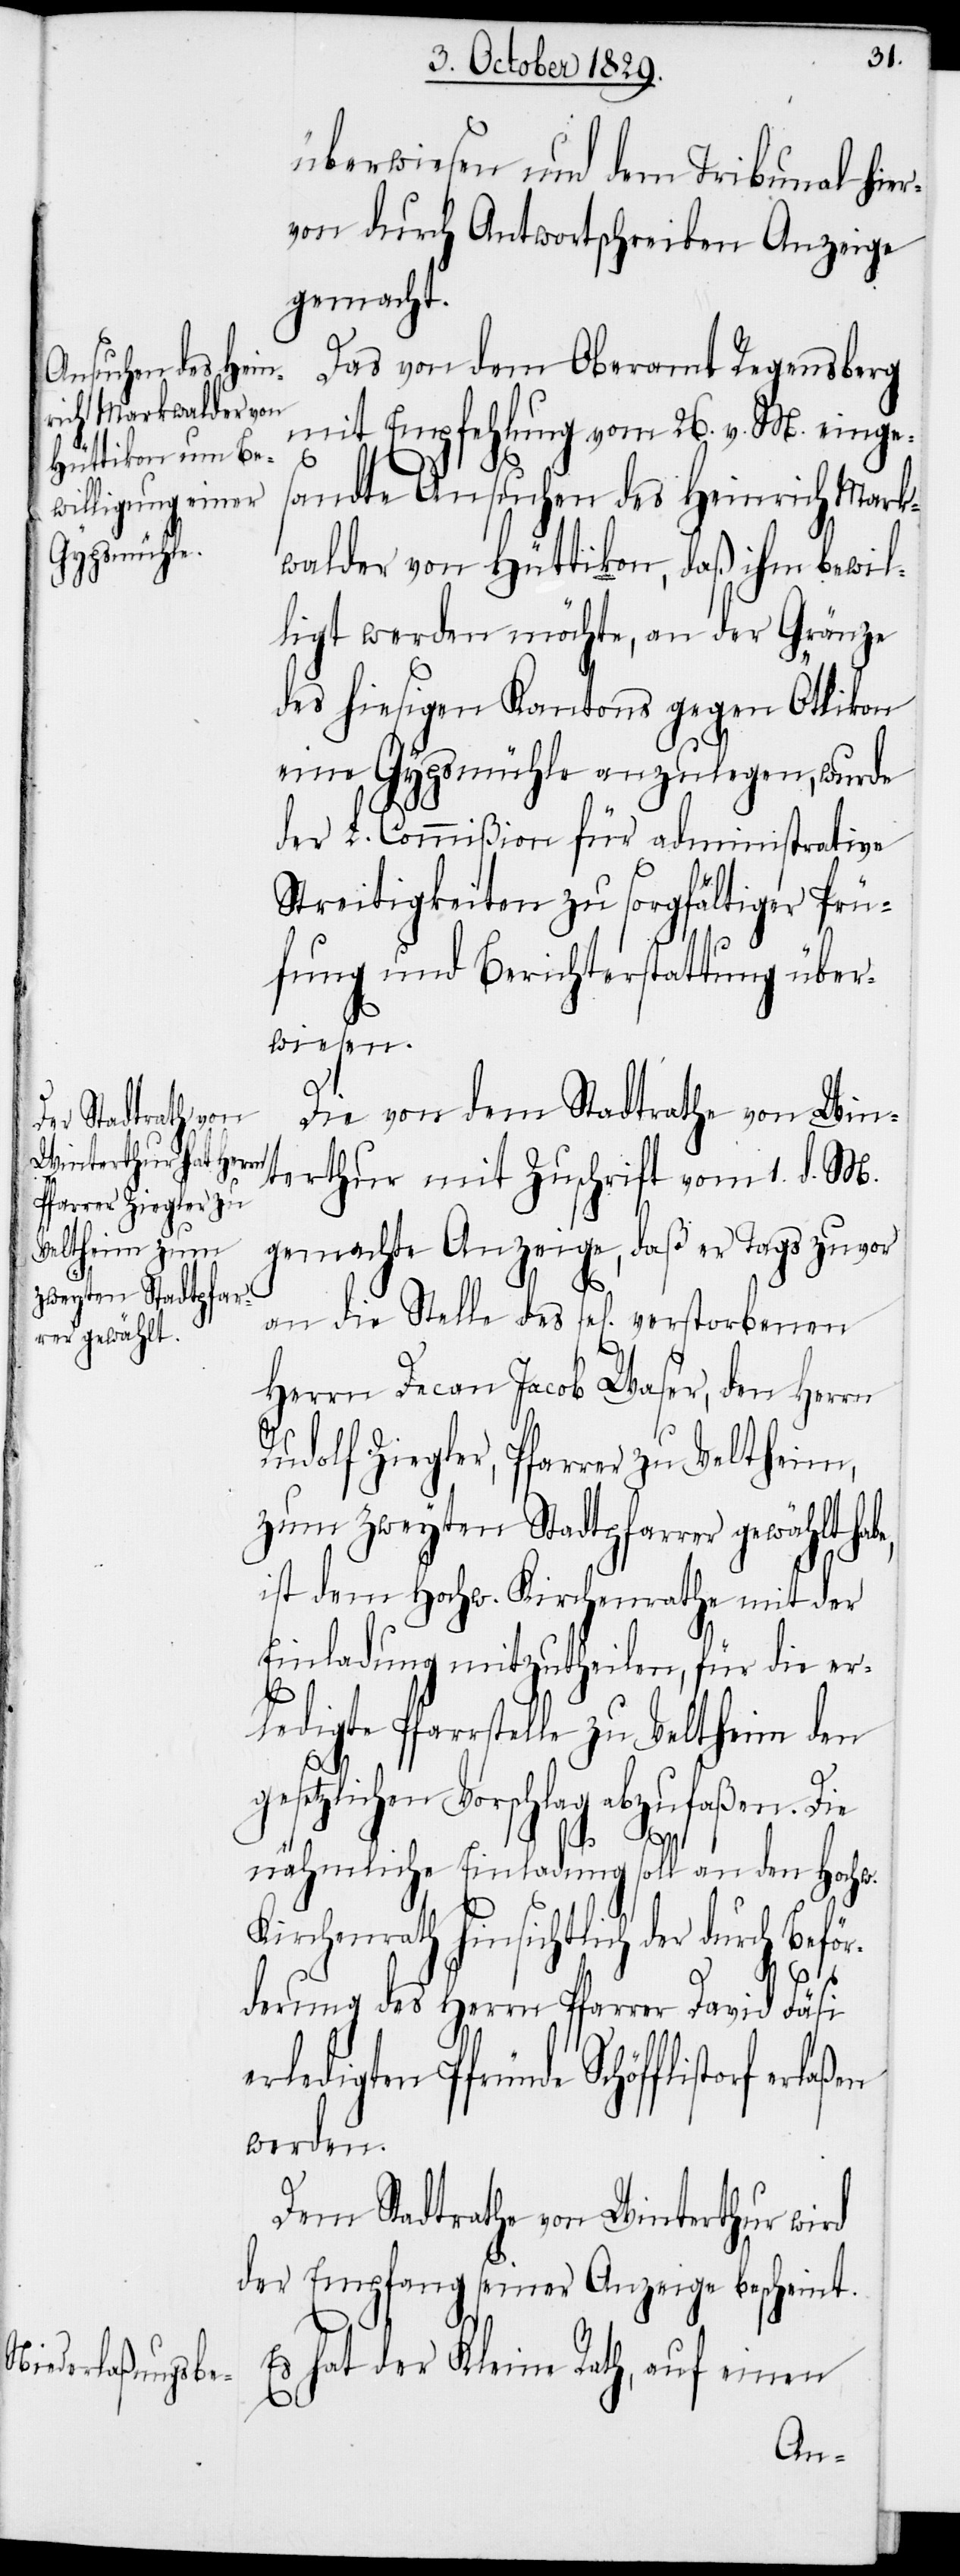
überwiesen und dem Tribunal hier¬
von durch Antwortschreiben Anzeige
gemacht.
Das von dem Oberamt Regensberg
mit Empfehlung vom 26. v. M. einge¬
sandte Ansuchen des Heinrich Mark¬
walder von Hüttikon, daß ihm bewil¬
ligt werden möchte, an der Gränze
des hiesigen Kantons gegen Öttikon
eine Gypsmühle anzulegen, wurde
der L. Commißion für administrative
Streitigkeiten zu sorgfältiger Prü¬
fung und Berichterstattung über¬
wiesen.
Die von dem Stadtrathe von Win¬
terthur mit Zuschrift vom 1. d. M.
gemachte Anzeige, daß er Tags zuvor
an die Stelle des sel[ig] verstorbenen
Herrn Decan Jacob Waser, den Herrn
Rudolf Ziegler, Pfarrer zu Veltheim,
zum zweyten Stadtpfarrer gewählt hab¬
ist dem Hochw. Kirchenrathe mit der
Einladung mitzutheilen, für die erl¬
edigte Pfarrstelle zu Veltheim den
etzlichen Vorschlag abzufaßen. Die
laßen
nähmliche Einladung soll an den Hochw.
Kirchenrath hinsichtlich der durc¬
h Beför¬
derung des Herrn Pfarrer David Fäsi
erledigten Pfründe Schöffistorf er¬
werden.
Dem Stadtrathe von Winterthur wird
der Empfang seiner Anzeige bescheint.
Es hat der Kleine Rath, auf einen